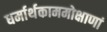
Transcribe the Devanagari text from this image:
धर्मार्थकाममोक्षाणां